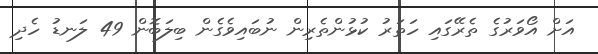
އަށް އޯވަރުގެ ތެރޭގައި ހަތަރު ކުޅުންތެރިން ނުބައިވެގެން ބިލަބޮން 49 ލަނޑު ހެދި